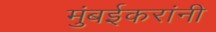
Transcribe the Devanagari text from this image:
मुंबईकरांनी